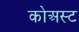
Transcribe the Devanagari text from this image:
कोअस्ट